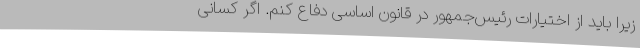
زیرا باید از اختیارات رئیس‌جمهور در قانون اساسی دفاع کنم. اگر کسانی